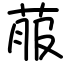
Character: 菔